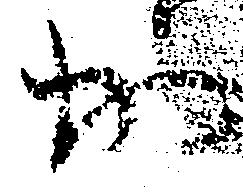
加